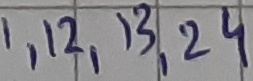
Text: 1,12,13,24